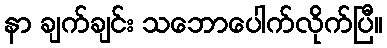
နာ ချက်ချင်း သဘောပေါက်လိုက်ပြီ။